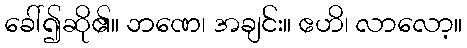
ခေါ်၍ဆို၏။ ဘဏေ၊ အချင်း။ ဧဟိ၊ လာလော့။